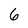
Character: 6